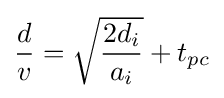
{\frac {d}{v}}={\sqrt {\frac {2d_{i}}{a_{i}}}}+t_{pc}